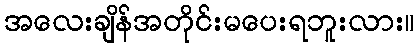
အလေးချိန်အတိုင်းမပေးရဘူးလား။